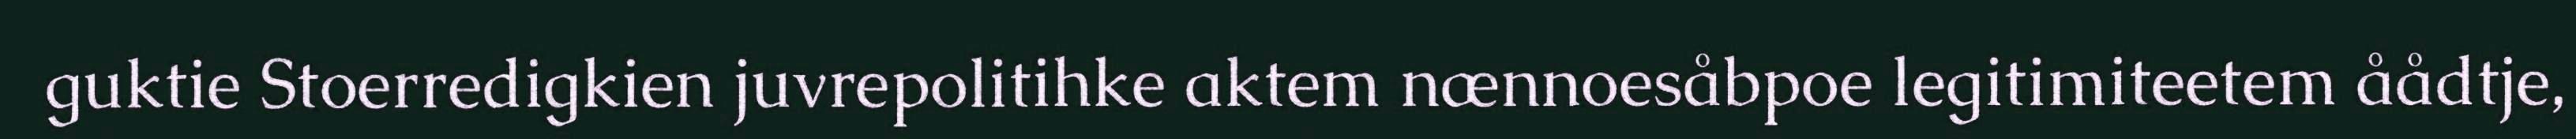
guktie Stoerredigkien juvrepolitihke aktem nænnoesåbpoe legitimiteetem åådtje,